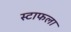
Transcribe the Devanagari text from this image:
स्टाफला